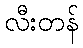
လီးတန်